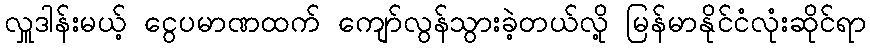
လှူဒါန်းမယ့် ငွေပမာဏထက် ကျော်လွန်သွားခဲ့တယ်လို့ မြန်မာနိုင်ငံလုံးဆိုင်ရာ